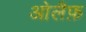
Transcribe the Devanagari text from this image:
ओलैफ़